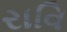
રાવિ